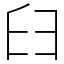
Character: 𦥑